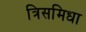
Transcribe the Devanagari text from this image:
त्रिसमिधा